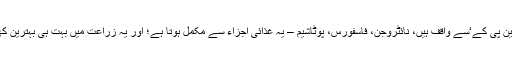
کسان اچھی طرح ’این پی کے‘سے واقف ہیں، نائٹروجن، فاسفورس، پوٹاشیم – یہ غذائی اجزاء سے مکمل ہوتا ہے؛ اور یہ زراعت میں بہت ہی بہترین کھاد سمجھا جاتا ہے۔